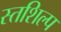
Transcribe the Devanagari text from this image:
स्‍तशिल्प